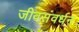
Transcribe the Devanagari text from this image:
जीवसंवर्धन